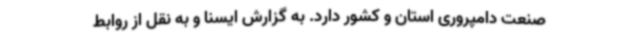
صنعت دامپروری استان و کشور دارد. به گزارش ایسنا و به نقل از روابط